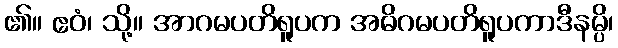
၏။ ဧဝံ၊ သို့။ အာဂမပတိရူပက အဓိဂမပတိရူပကာဒီနမ္ပိ၊